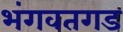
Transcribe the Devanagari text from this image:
भंगवतगड